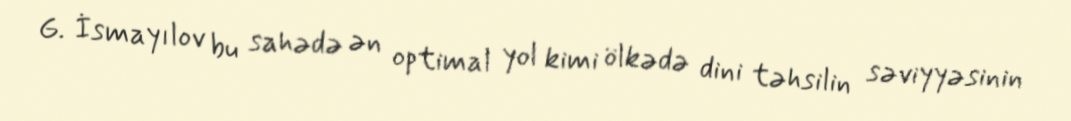
G. İsmayılov bu sahədə ən optimal yol kimi ölkədə dini təhsilin səviyyəsinin